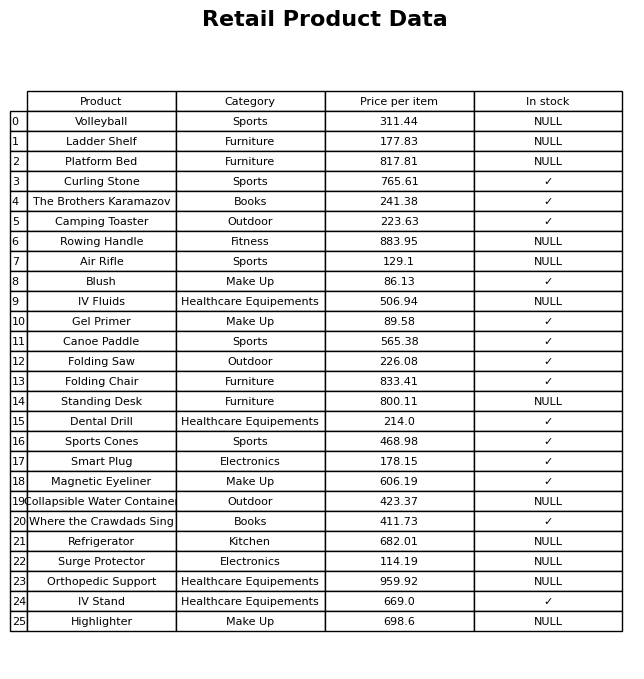
question: What is the stock status of the Curling Stone?
answer: ✓